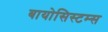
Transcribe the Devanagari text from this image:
बायोसिस्टम्स